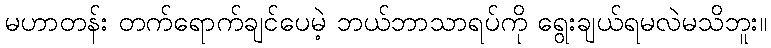
မဟာတန်း တက်ရောက်ချင်ပေမဲ့ ဘယ်ဘာသာရပ်ကို ရွေးချယ်ရမလဲမသိဘူး။